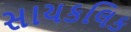
સાયકલિક